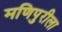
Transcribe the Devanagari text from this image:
मणिपुरीला